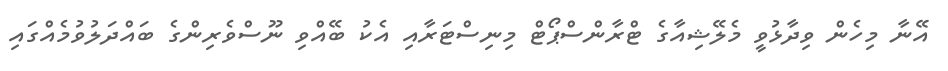
އޭނާ މިހެން ވިދާޅުވީ މެލޭޝިއާގެ ޓްރާންސްޕޯޓް މިނިސްޓަރާއި އެކު ބޭއްވި ނޫސްވެރިންގެ ބައްދަލުވުމެއްގައި